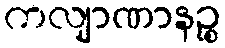
ကလျာဏာနဉ္စ